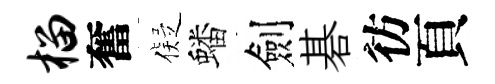
榴奮儗蟠劍碁彷頁